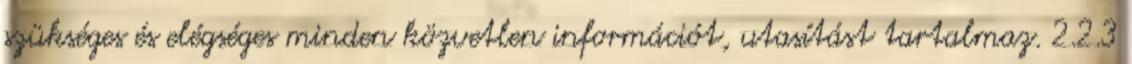
szükséges és elégséges minden közvetlen információt, utasítást tartalmaz. 2.2.3